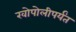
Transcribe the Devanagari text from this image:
खोपोलीपर्यंत